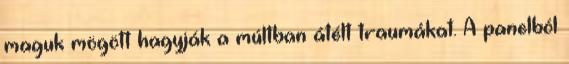
maguk mögött hagyják a múltban átélt traumákat. A panelból